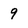
Character: 9